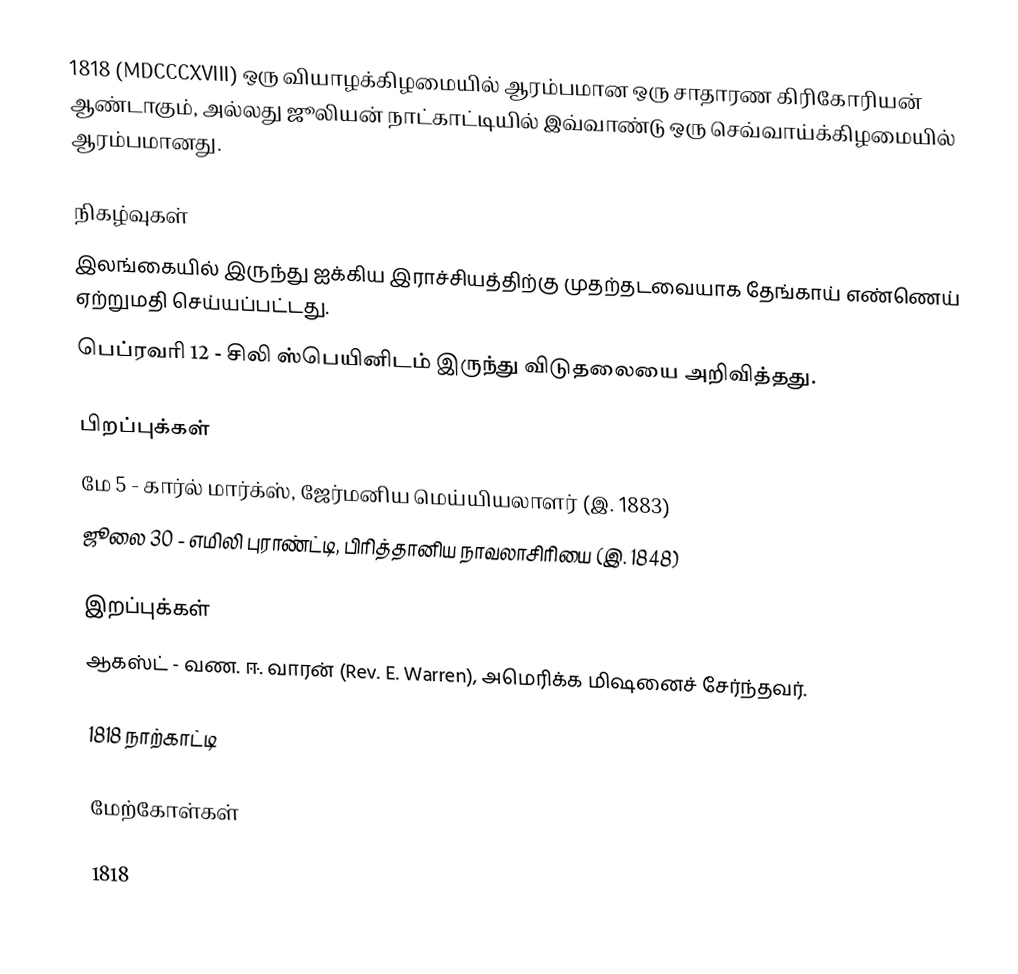
1818 (MDCCCXVIII) ஒரு வியாழக்கிழமையில் ஆரம்பமான ஒரு சாதாரண கிரிகோரியன் ஆண்டாகும், அல்லது ஜூலியன் நாட்காட்டியில் இவ்வாண்டு ஒரு செவ்வாய்க்கிழமையில் ஆரம்பமானது.

நிகழ்வுகள்
 இலங்கையில் இருந்து ஐக்கிய இராச்சியத்திற்கு முதற்தடவையாக தேங்காய் எண்ணெய் ஏற்றுமதி செய்யப்பட்டது.
 பெப்ரவரி 12 - சிலி ஸ்பெயினிடம் இருந்து விடுதலையை அறிவித்தது.

பிறப்புக்கள்
 மே 5 - கார்ல் மார்க்ஸ், ஜேர்மனிய மெய்யியலாளர் (இ. 1883)
 ஜூலை 30 - எமிலி புராண்ட்டி, பிரித்தானிய நாவலாசிரியை (இ. 1848)

இறப்புக்கள்
 ஆகஸ்ட் - வண. ஈ. வாரன் (Rev. E. Warren), அமெரிக்க மிஷனைச் சேர்ந்தவர்.

1818 நாற்காட்டி

மேற்கோள்கள்

1818